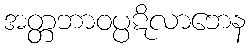
အတ္တဘာဝပ္ပဋိလာဘေန